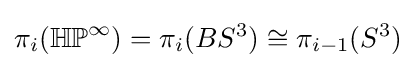
\pi _{i}(\mathbb {HP} ^{\infty })=\pi _{i}(BS^{3})\cong \pi _{i-1}(S^{3})